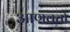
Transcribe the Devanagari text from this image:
आणवतो